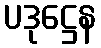
ပဒုဋ္ဌေန